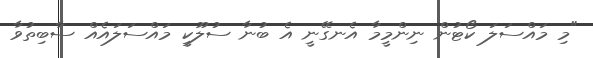
"މި މައްސަލަ ކޯޓުން ނިންމީމާ އެނގޭނީ އެ ބުނާ ސުލޫކީ މައްސަލައެއް ސާބިތުވާ